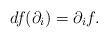
LaTeX: \begin{align*}df (\partial_i) = \partial_i f. \end{align*}